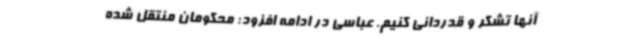
آنها تشکر و قدردانی کنیم. عباسی در ادامه افزود: محکومان منتقل شده